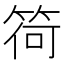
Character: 𥮆